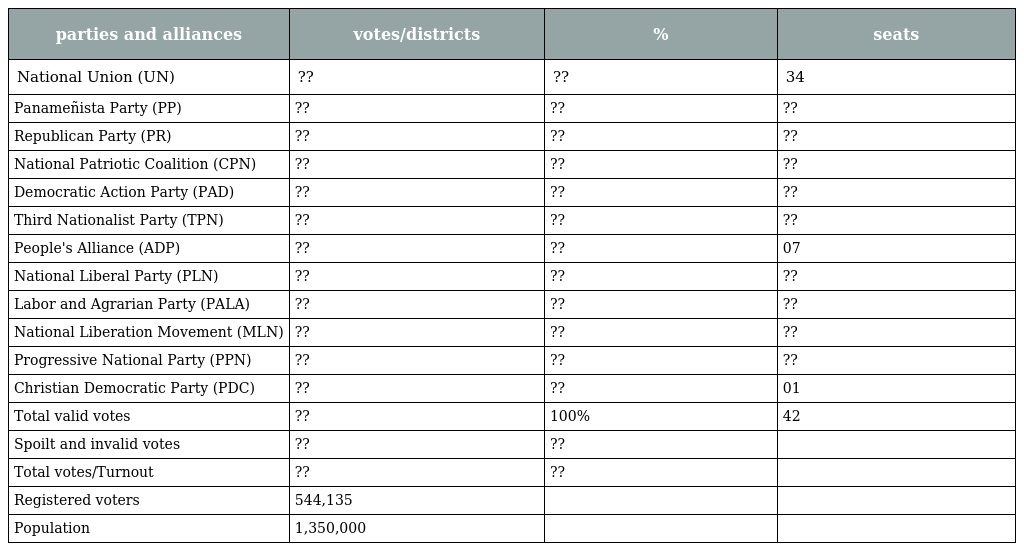
| parties and alliances | votes/districts | % | seats |
 | --- | --- | --- | --- |
 | National Union (UN) | ?? | ?? | 34 |
 | Panameñista Party (PP) | ?? | ?? | ?? |
 | Republican Party (PR) | ?? | ?? | ?? |
 | National Patriotic Coalition (CPN) | ?? | ?? | ?? |
 | Democratic Action Party (PAD) | ?? | ?? | ?? |
 | Third Nationalist Party (TPN) | ?? | ?? | ?? |
 | People's Alliance (ADP) | ?? | ?? | 07 |
 | National Liberal Party (PLN) | ?? | ?? | ?? |
 | Labor and Agrarian Party (PALA) | ?? | ?? | ?? |
 | National Liberation Movement (MLN) | ?? | ?? | ?? |
 | Progressive National Party (PPN) | ?? | ?? | ?? |
 | Christian Democratic Party (PDC) | ?? | ?? | 01 |
 | Total valid votes | ?? | 100% | 42 |
 | Spoilt and invalid votes | ?? | ?? |  |
 | Total votes/Turnout | ?? | ?? |  |
 | Registered voters | 544,135 |  |  |
 | Population | 1,350,000 |  |  |